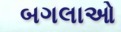
બગલાઓ